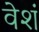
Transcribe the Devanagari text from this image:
वेशं